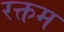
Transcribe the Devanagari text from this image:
रक्तम